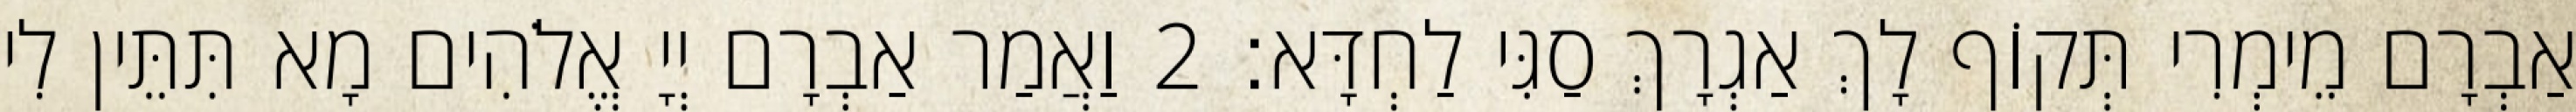
אַבְרָם מֵימְרִי תְּקוֹף לָךְ אַגְרָךְ סַגִּי לַחְדָּא׃ 2 וַאֲמַר אַבְרָם יְיָ אֱלֹהִים מָא תִּתֵּין לִי